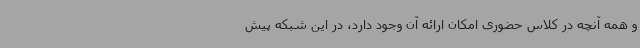
و همه آنچه در کلاس حضوری امکان ارائه آن وجود دارد، در این شبکه پیش